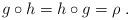
LaTeX: \begin{align*}g\circ h=h\circ g=\rho\;.\end{align*}